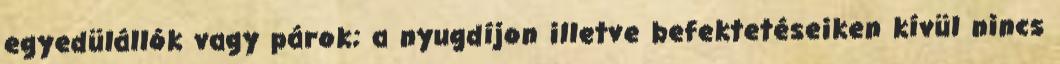
egyedülállók vagy párok; a nyugdíjon illetve befektetéseiken kívül nincs